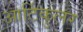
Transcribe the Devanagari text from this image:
आर्टिकुलर